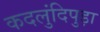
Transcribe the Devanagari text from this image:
कदलुंदिपुड़ा